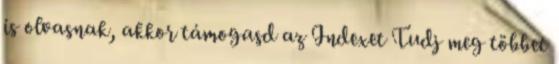
is olvasnak, akkor támogasd az Indexet Tudj meg többet